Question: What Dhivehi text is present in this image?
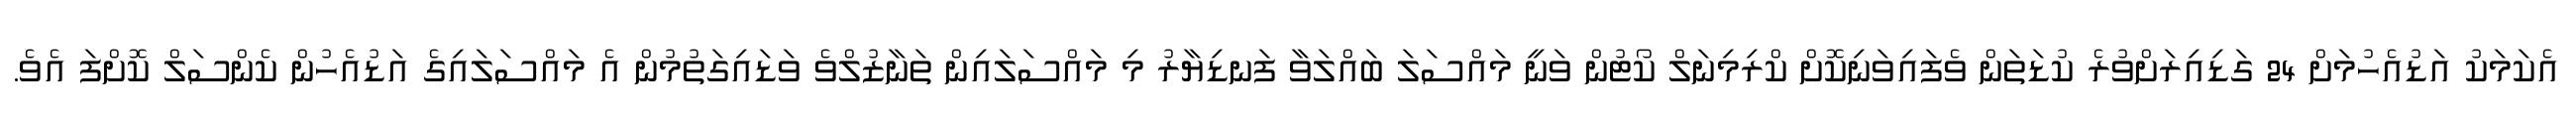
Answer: އެކަމަކު އަޑުއެހުމަށް 24 ގަޑިއިރަށްވުރެ ކުޑަތަން ވެފައިވަނިކޮށް ކްރިމިނަލް ކޯޓުން ވަނީ މައްސަލަ ބައްލަވާ ފަނޑިޔާރު މި މައްސަލައިން ތަނާޒުލްވެ ވަޑައިގަތުމުން އެ މައްސަލައިގެ އަޑުއެހުން ކެންސަލް ކޮށްފަ އެވެ.